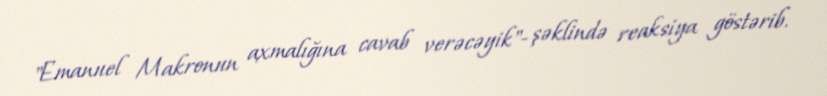
"Emanuel Makronun axmalığına cavab verəcəyik"- şəklində reaksiya göstərib.